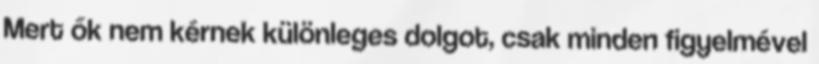
Mert ők nem kérnek különleges dolgot, csak minden figyelmével